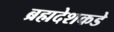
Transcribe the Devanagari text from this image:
ब्रह्मदेशकडे